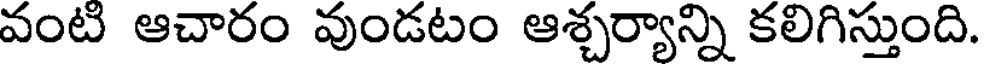
వంటి ఆచారం వుండటం ఆశ్చర్యాన్ని కలిగిస్తుంది.